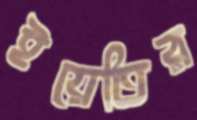
ইয়েতির